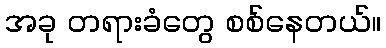
အခု တရားခံတွေ စစ်နေတယ်။